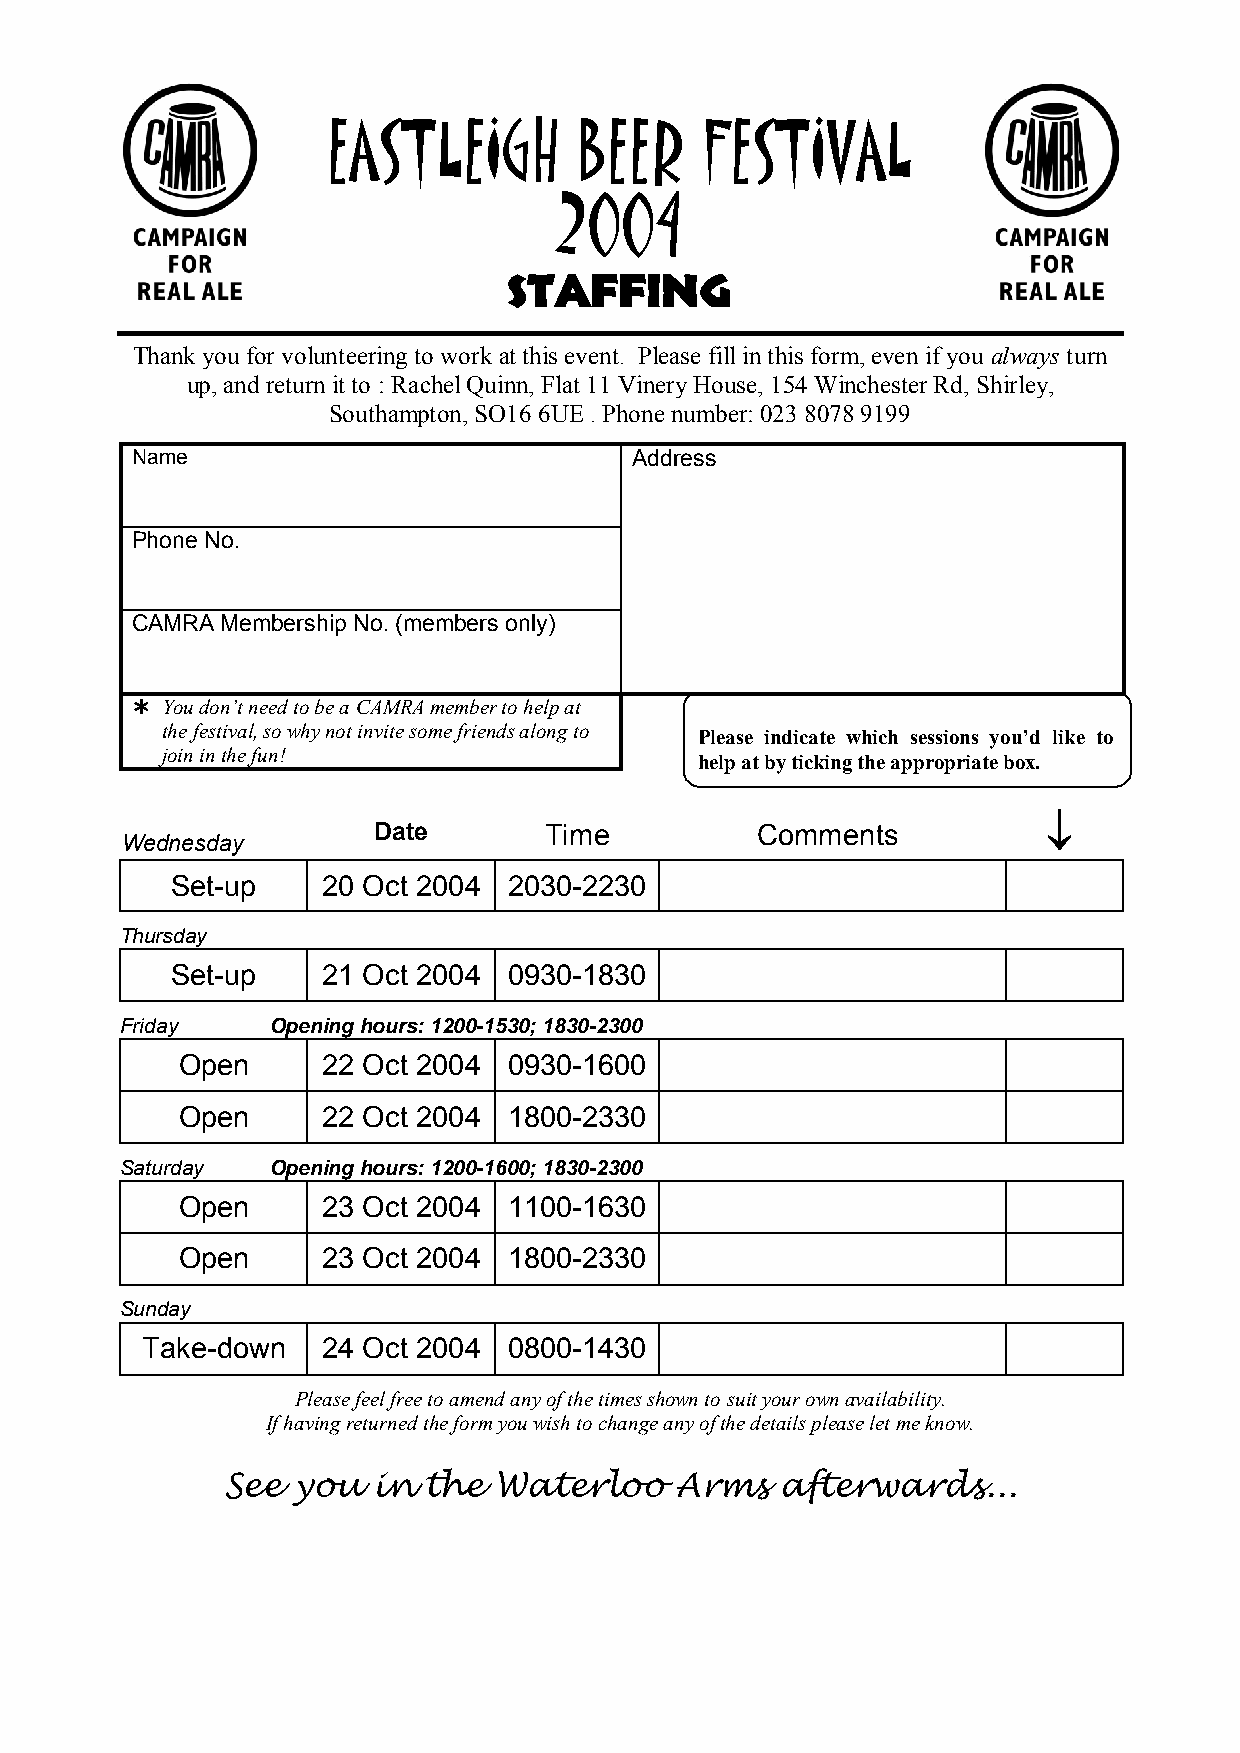
EASTLEIGH       BEER    FESTIVAL
 2004
 Staffing
 Thank you for volunteering to work at this event. Please fill in this form, even if you always turn
 up, and return it to : Rachel Quinn, Flat 11 Vinery House, 154 Winchester Rd, Shirley,
 Southampton, SO16 6UE . Phone number: 023 80789199
 Name                             Address
 Phone No.
 CAMRA Membership No. (members only)
  You don’t need to be a CAMRA member to help at
 the festival, so why not invite some friends along to Please indicate which sessions you’d like to
 join in the fun!
 help at by ticking the appropriate box.
 Date       Time          Comments           
 Wednesday
 Set-up    20 Oct 2004  2030-2230
 Thursday
 Set-up    21 Oct 2004  0930-1830
 Friday    Opening hours: 1200-1530; 1830-2300
 Open     22 Oct 2004  0930-1600
 Open     22 Oct 2004  1800-2330
 Saturday  Opening hours: 1200-1600; 1830-2300
 Open     23 Oct 2004  1100-1630
 Open     23 Oct 2004  1800-2330
 Sunday
 Take-down   24 Oct 2004  0800-1430
 Please feel free to amend any of the times shown to suit your own availability.
 If having returned the form you wish to change any of the details please let me know.
 See you   in the  Waterloo    Arms   afterwards...